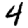
Digit: 4